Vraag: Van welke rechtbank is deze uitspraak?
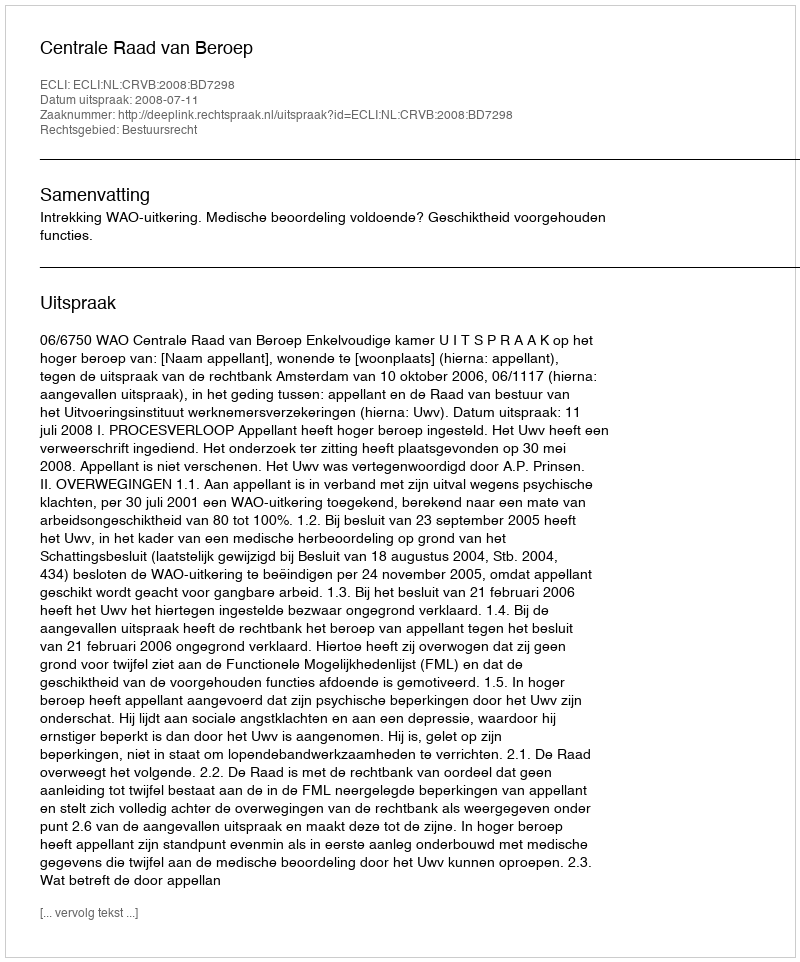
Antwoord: Centrale Raad van Beroep